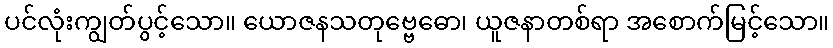
ပင်လုံးကျွတ်ပွင့်သော။ ယောဇနသတုဗ္ဗေဓော၊ ယူဇနာတစ်ရာ အစောက်မြင့်သော။